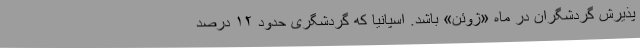
پذیرش گردشگران در ماه «ژوئن» باشد. اسپانیا که گردشگری حدود ۱۲ درصد